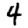
Digit: 4